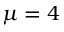
\protect \mu = 4